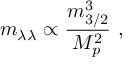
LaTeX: m _ { \lambda \lambda } \propto { \frac { m _ { 3 / 2 } ^ { 3 } } { M _ { p } ^ { 2 } } } \ ,